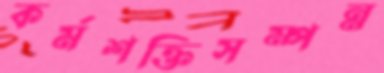
কর্মশক্তিসম্পন্ন